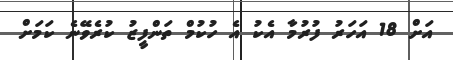
އަށް 18 އަހަރު ފުރުމާ އެކު އެ ހުކުމް ތަންފީޒު ކުރެވޭނެ ކަމަށް